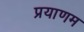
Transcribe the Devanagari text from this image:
प्रयाणम